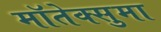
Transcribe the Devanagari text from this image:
मॉतेक्सुमा